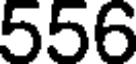
556